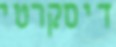
דיסקרטי